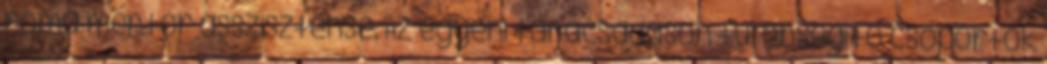
roma mentor asszisztense. Az egyéni tanácsadáson túl önsegítő csoportok